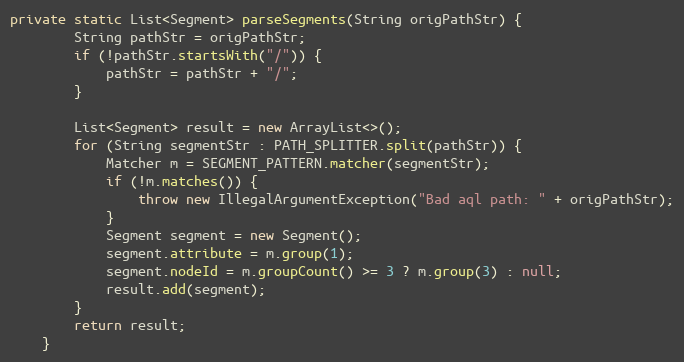
Language: Java
private static List<Segment> parseSegments(String origPathStr) {
        String pathStr = origPathStr;
        if (!pathStr.startsWith("/")) {
            pathStr = pathStr + "/";
        }

        List<Segment> result = new ArrayList<>();
        for (String segmentStr : PATH_SPLITTER.split(pathStr)) {
            Matcher m = SEGMENT_PATTERN.matcher(segmentStr);
            if (!m.matches()) {
                throw new IllegalArgumentException("Bad aql path: " + origPathStr);
            }
            Segment segment = new Segment();
            segment.attribute = m.group(1);
            segment.nodeId = m.groupCount() >= 3 ? m.group(3) : null;
            result.add(segment);
        }
        return result;
    }